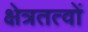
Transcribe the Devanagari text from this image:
क्षेत्रतत्वों